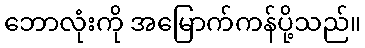
ဘောလုံးကို အမြောက်ကန်ပို့သည်။